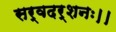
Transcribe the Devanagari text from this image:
सर्वदर्शनः।।